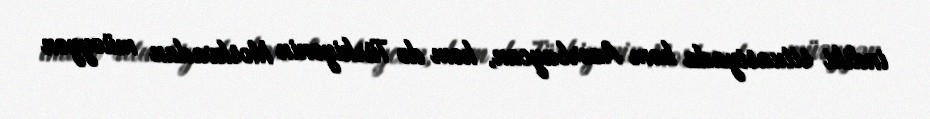
indiki situasiyada həm Azərbaycan, həm də Türkiyənin Moskvadan müəyyən